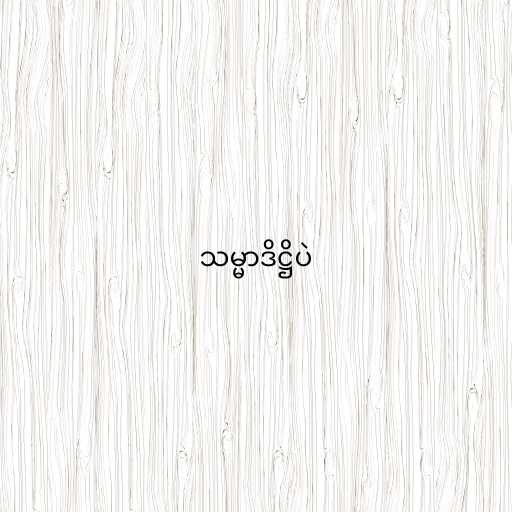
သမ္မာဒိဋ္ဌိပဲ